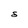
Character: S